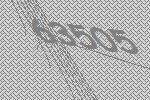
63505